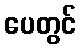
ပေတွင်